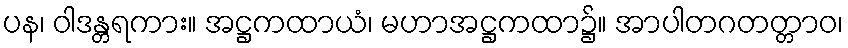
ပန၊ ဝါဒန္တရကား။ အဋ္ဌကထာယံ၊ မဟာအဋ္ဌကထာ၌။ အာပါတဂတတ္တာဝ၊